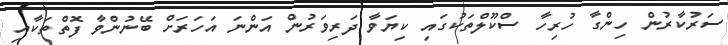
ސަރުކާރުން ހިންގާ ހުރިހާ ސްކޫލްތަކުގައި ކިޔަވާ ދަރިވަރުން އަންނަ އަހަރަށް ބޭނުންވާ ފޮތްތަކާއި